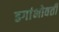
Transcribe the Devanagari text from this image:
ढगांभोवती